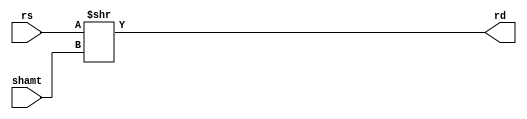
module srl 
(
	input  [31:0] rs,
	input  [4: 0] shamt,
	output [31:0] rd
);
assign rd = rs >> shamt;
endmodule